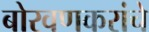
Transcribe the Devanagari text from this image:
बोरवणकरांचे